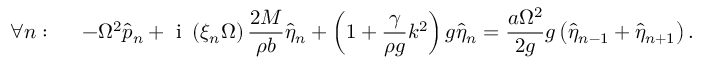
\forall n : \ \ \ \ - \Omega ^ { 2 } \hat { p } _ { n } + \mathrm { ~ i ~ } \left( \xi _ { n } \Omega \right) \frac { 2 M } { \rho b } \hat { \eta } _ { n } + \left( 1 + \frac { \gamma } { \rho g } k ^ { 2 } \right) g \hat { \eta } _ { n } = \frac { a \Omega ^ { 2 } } { 2 g } g \left( \hat { \eta } _ { n - 1 } + \hat { \eta } _ { n + 1 } \right) .